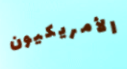
الأمريكيون